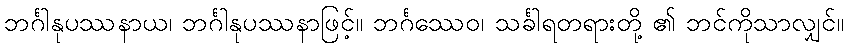
ဘင်္ဂါနုပဿနာယ၊ ဘင်္ဂါနုပဿနာဖြင့်။ ဘင်္ဂဿေဝ၊ သင်္ခါရတရားတို့ ၏ ဘင်ကိုသာလျှင်။